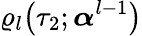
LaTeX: \varrho_{l}\big(\tau_{2};\boldsymbol{\alpha}^{l-1}\big)